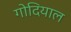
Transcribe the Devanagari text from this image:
गोदियाल